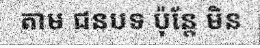
តាម ជនបទ ប៉ុន្តែ មិន